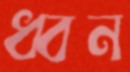
ধ্বন